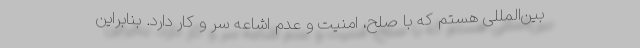
بین‌المللی هستم که با صلح، امنیت و عدم اشاعه سر و کار دارد. بنابراین